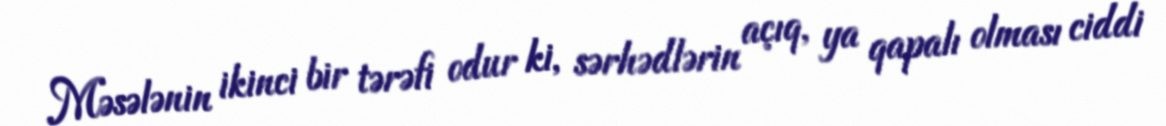
Məsələnin ikinci bir tərəfi odur ki, sərhədlərin açıq, ya qapalı olması ciddi